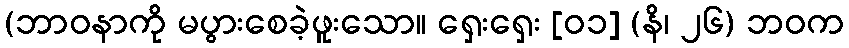
(ဘာဝနာကို မပွားစေခဲ့ဖူးသော။ ရှေးရှေး [၀၁] (နိ၊ ၂၆) ဘဝက